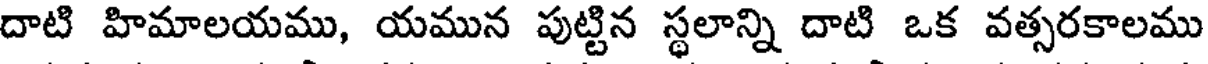
దాటి హిమాలయము, యమున పుట్టిన స్థలాన్ని దాటి ఒక వత్సరకాలము